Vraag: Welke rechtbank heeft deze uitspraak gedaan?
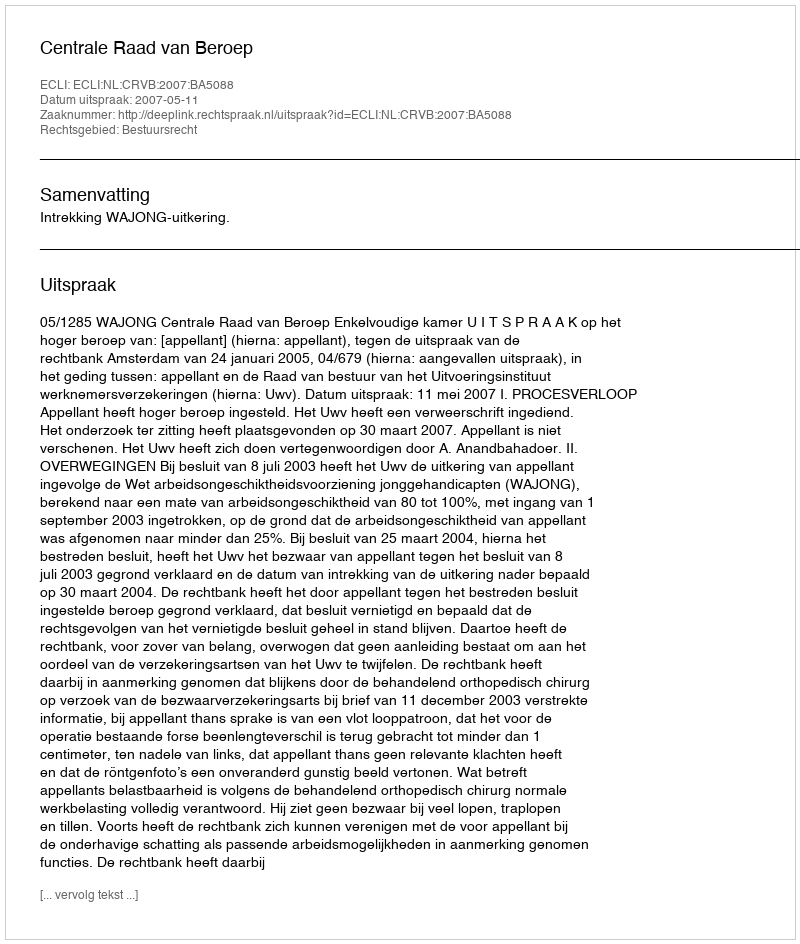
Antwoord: Centrale Raad van Beroep